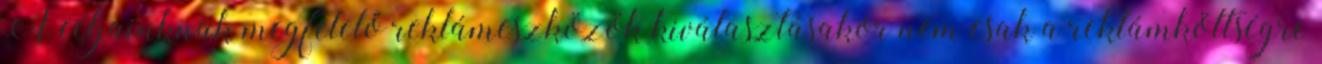
A céljainknak megfelelő reklámeszközök kiválasztásakor nem csak a reklámköltségre